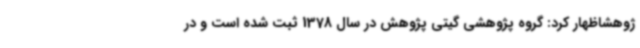
ژوهشاظهار کرد: گروه پژوهشی گیتی پژوهش در سال 1378 ثبت شده است و در